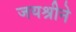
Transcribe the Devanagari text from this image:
जयश्रीने